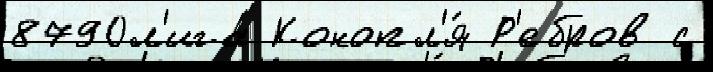
8790л'ига Конопл'я́ Р'ебров с